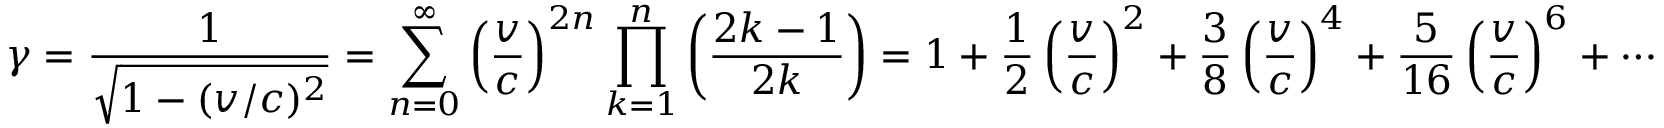
\gamma = { \frac { 1 } { \sqrt { 1 - ( v / c ) ^ { 2 } } } } = \sum _ { n = 0 } ^ { \infty } \left( { \frac { v } { c } } \right) ^ { 2 n } \prod _ { k = 1 } ^ { n } \left( { \frac { 2 k - 1 } { 2 k } } \right) = 1 + { \frac { 1 } { 2 } } \left( { \frac { v } { c } } \right) ^ { 2 } + { \frac { 3 } { 8 } } \left( { \frac { v } { c } } \right) ^ { 4 } + { \frac { 5 } { 1 6 } } \left( { \frac { v } { c } } \right) ^ { 6 } + \cdots